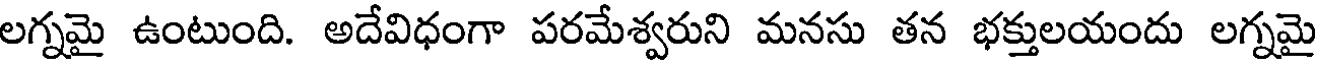
లగ్నమై ఉంటుంది. అదేవిధంగా పరమేశ్వరుని మనసు తన భక్తులయందు లగ్నమై